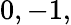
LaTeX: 0,-1,